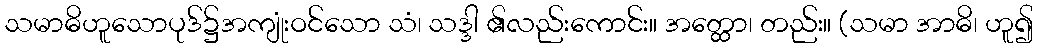
သမာဓိဟူသောပုဒ်၌အကျုံးဝင်သော သံ၊ သဒ္ဒါ ၏လည်းကောင်း။ အတ္ထော၊ တည်း။ (သမာ အာဓိ၊ ဟူ၍